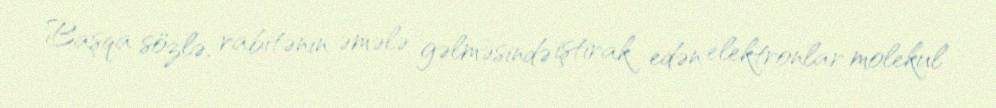
Başqa sözlə, rabitənin əmələ gəlməsində iştirak edən elektronlar molekul